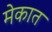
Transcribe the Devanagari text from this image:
मेकात